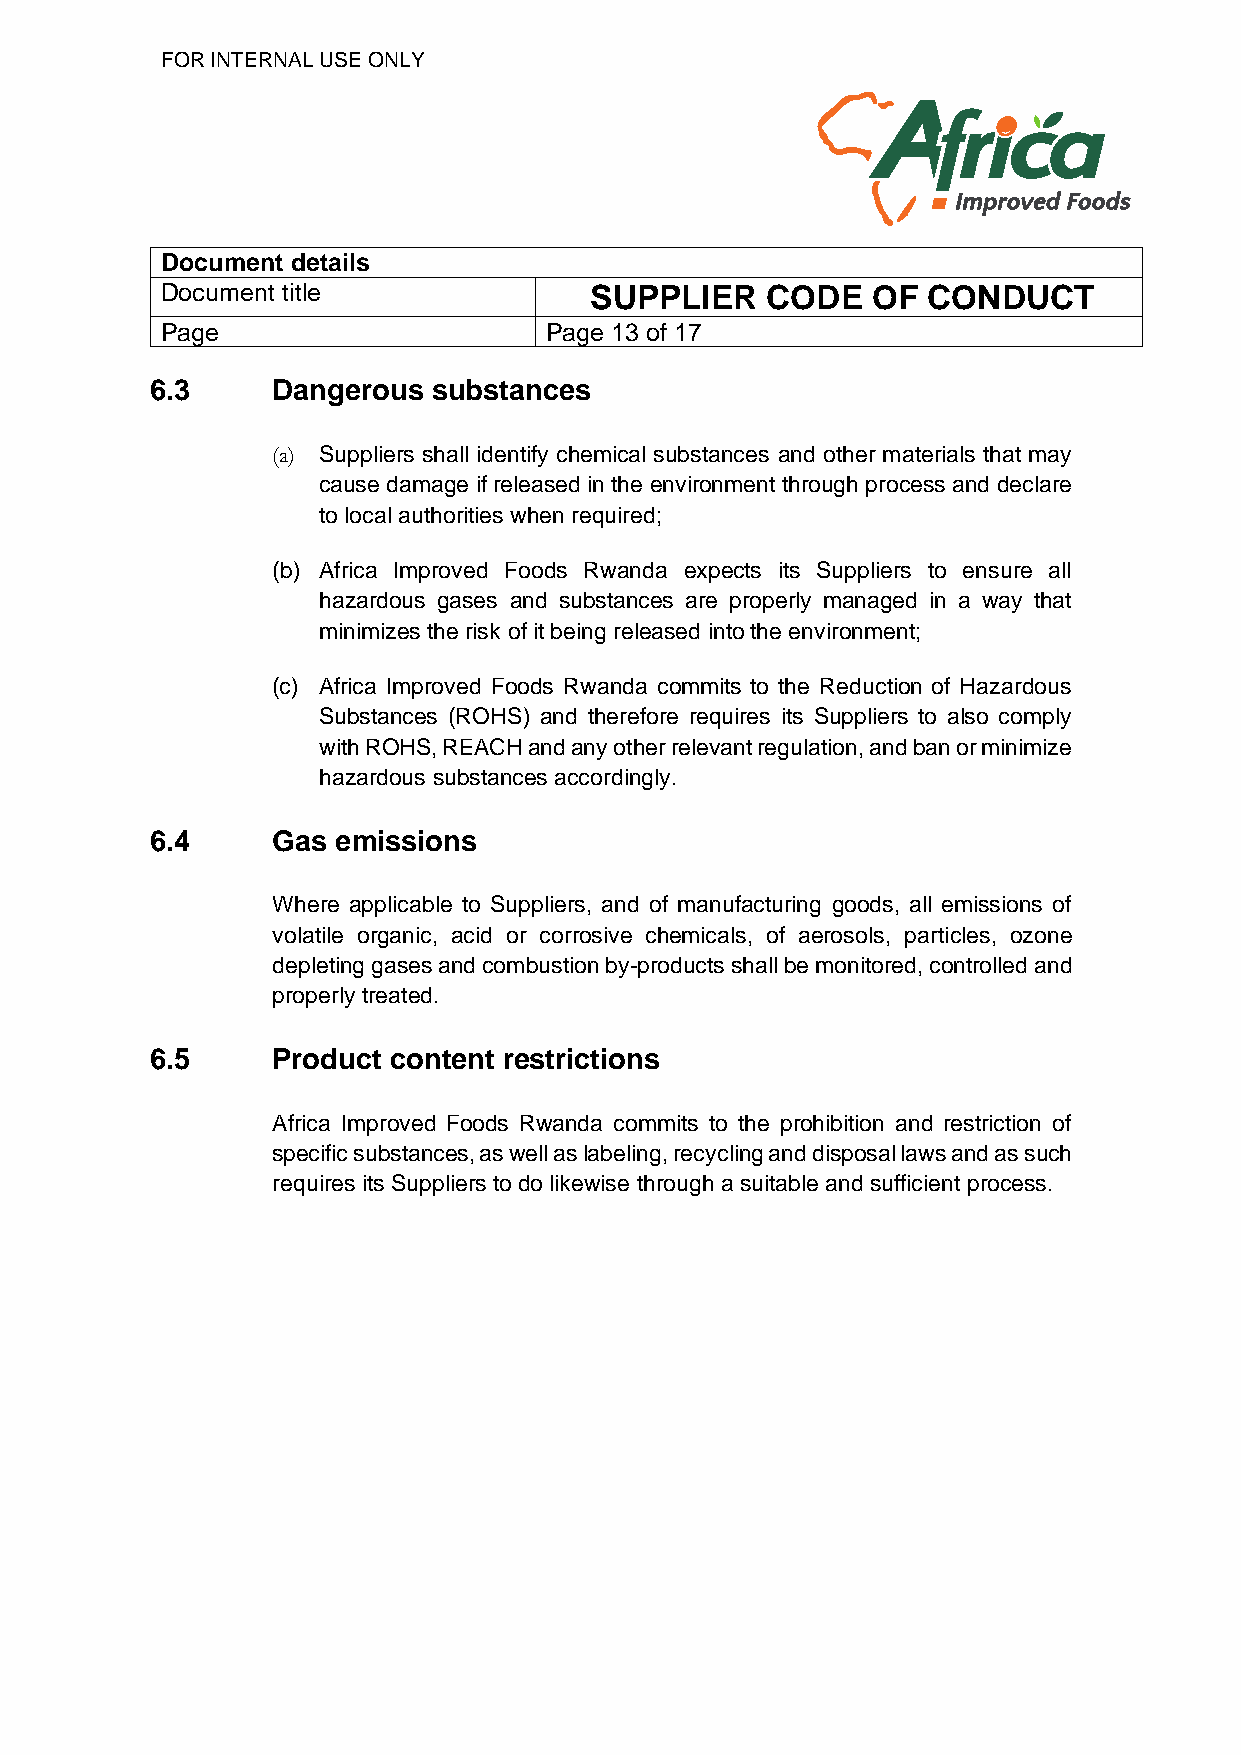
FOR INTERNAL USE ONLY
 Document details
 Document title              SUPPLIER    CODE   OF CONDUCT
 Page                     Page 13 of 17
 6.3     Dangerous  substances
 (a) Suppliers shall identify chemical substances and other materials that may
 cause damage if released in the environment through process and declare
 to local authorities when required;
 (b) Africa Improved Foods Rwanda expects its Suppliers to ensure all
 hazardous gases and substances are properly managed in a way that
 minimizes the risk of it being released into the environment;
 (c) Africa Improved Foods Rwanda commits to the Reduction of Hazardous
 Substances (ROHS) and therefore requires its Suppliers to also comply
 with ROHS, REACH and any other relevant regulation, and ban or minimize
 hazardous substances accordingly.
 6.4     Gas emissions
 Where applicable to Suppliers, and of manufacturing goods, all emissions of
 volatile organic, acid or corrosive chemicals, of aerosols, particles, ozone
 depleting gases and combustion by-products shall be monitored, controlled and
 properly treated.
 6.5     Product content restrictions
 Africa Improved Foods Rwanda commits to the prohibition and restriction of
 specific substances, as well as labeling, recycling and disposal laws and as such
 requires its Suppliers to do likewise through a suitable and sufficient process.